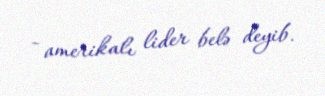
- amerikalı lider belə deyib.